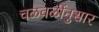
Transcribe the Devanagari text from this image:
चळवळींनुसार